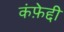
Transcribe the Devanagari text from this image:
कंफ़ेद्दी